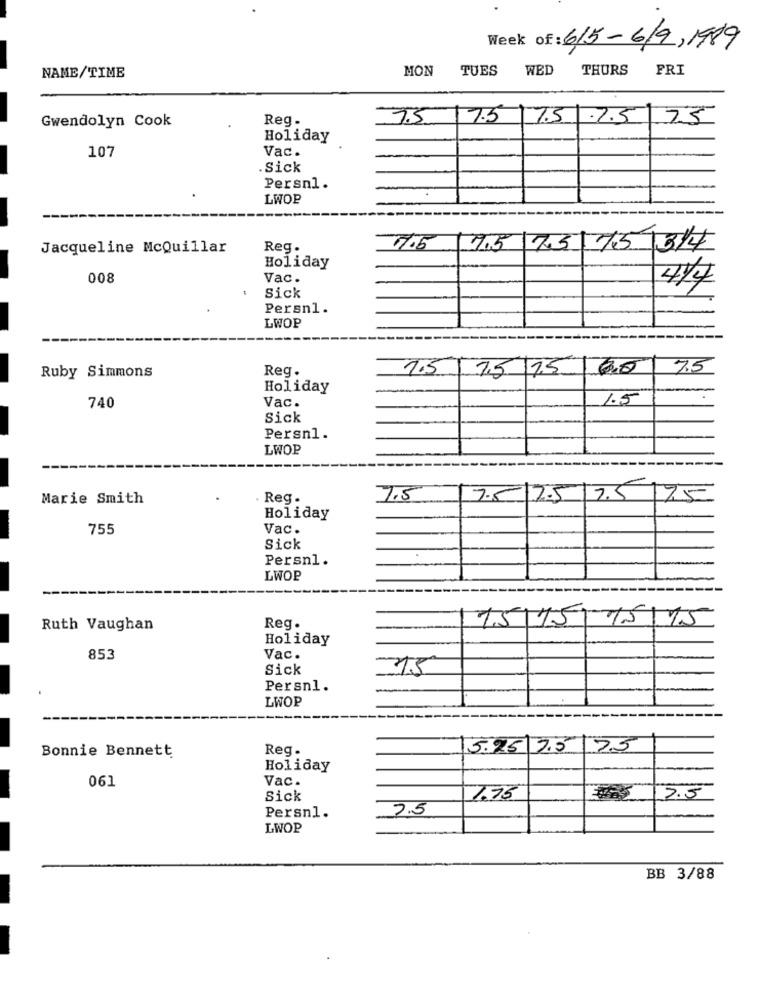
Week of : 6/5-6/9, 1989
MON
TUES
WED
THURS
FRI
NAME/TIME
Gwendolyn Cook
Reg.
7.5
7.5 7.5 .7.5 75
Holiday
107
Vac.
.Sick
Persnl.
LWOP
Jacqueline McQuillar
Reg.
7.5
7.5 15/75 317
Holiday
008
Vac.
4/4
Sick
Persn1.
LWOP
Ruby Simmons
Reg.
1.5
7.5 75
7.5
Holiday
Vac.
1.5
740
Sick
Persn1.
LWOP
Marie Smith
Reg.
7.5
7.5 2.5/7.5 175
Holiday
755
Vac.
Sick
Persnl.
LWOP
Ruth Vaughan
Reg.
15/75175175
Holiday
853
Vac.
Sick
75
Persnl.
LWOP
Bonnie Bennett
Reg.
5.25 7.5 7.5
Holiday
061
Vac.
Sick
1.75
2.5
7.5
Persn1.
LWOP
BB 3/88